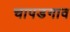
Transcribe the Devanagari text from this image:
चापडगाव